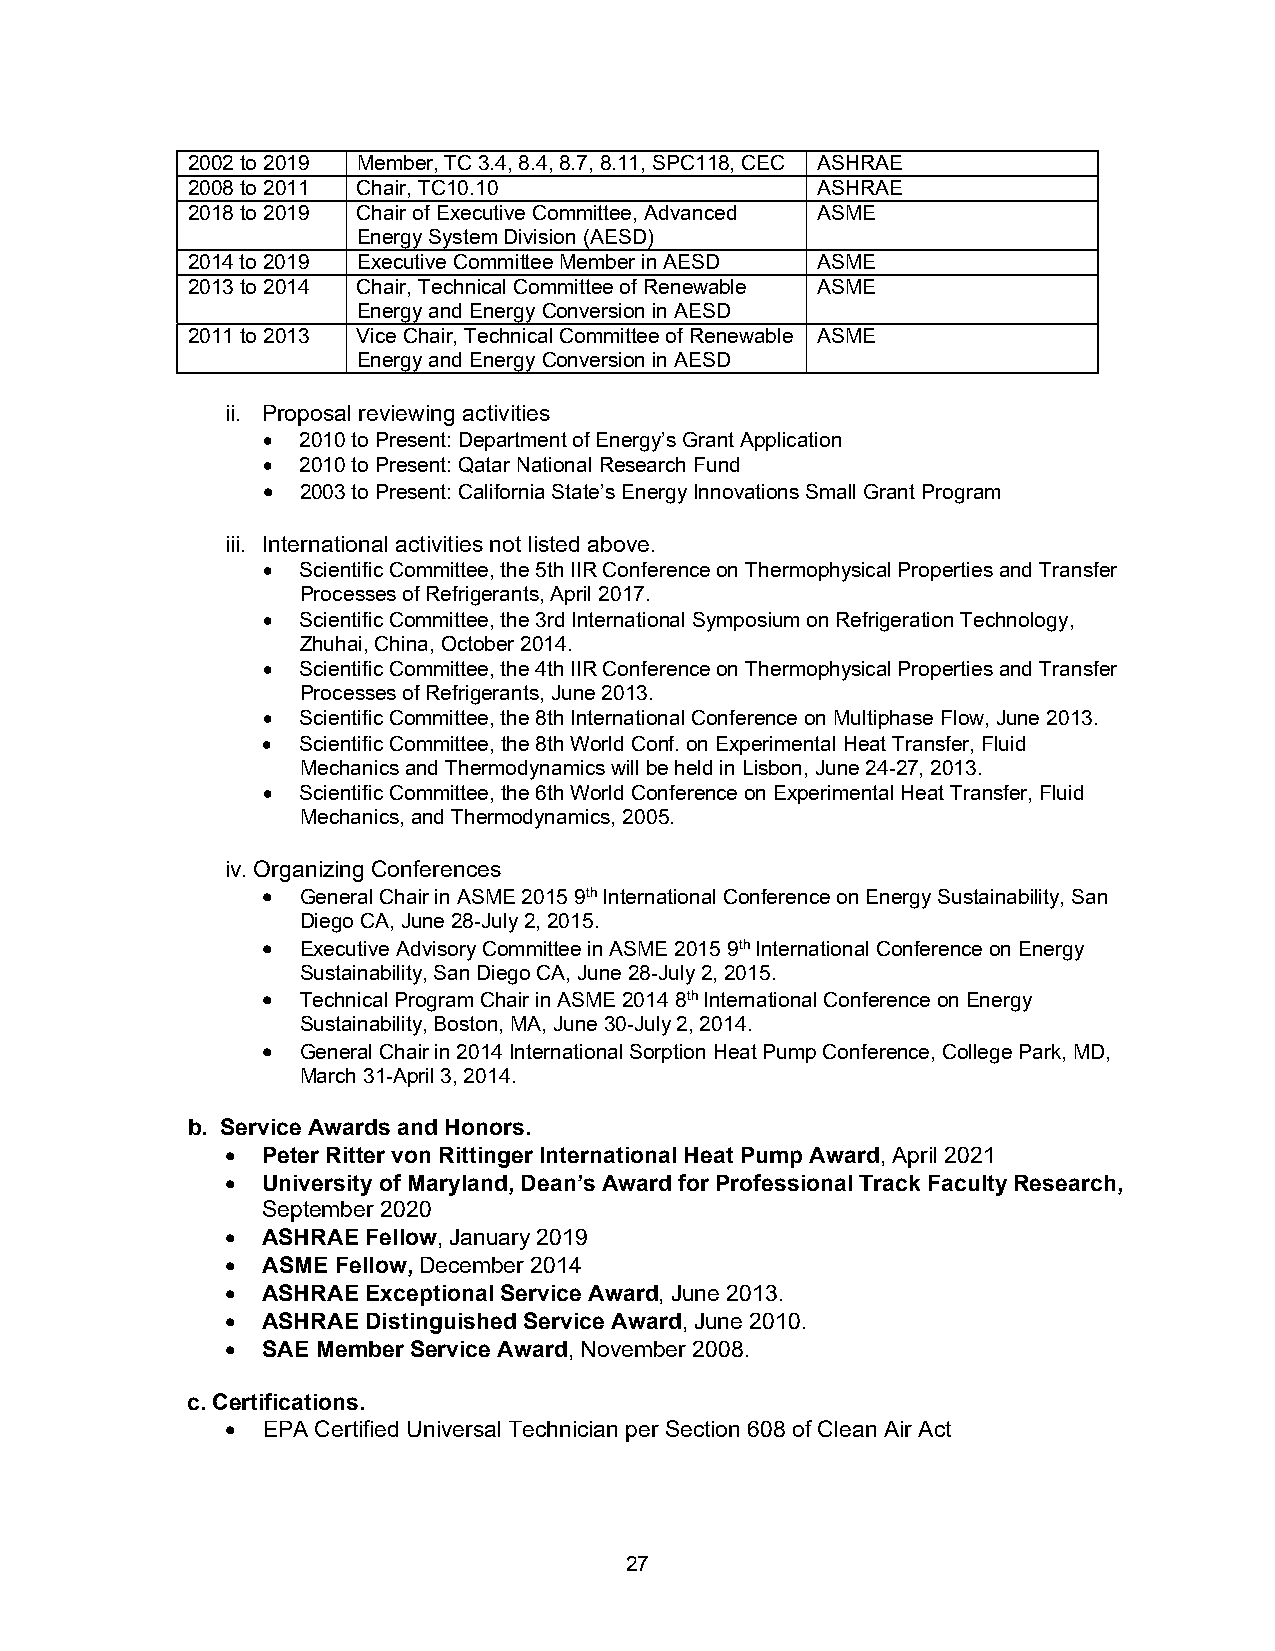
2002 to 2019 Member, TC 3.4, 8.4, 8.7, 8.11, SPC118, CEC ASHRAE
 2008 to 2011 Chair, TC10.10               ASHRAE
 2018 to 2019 Chair of Executive Committee, Advanced ASME
 Energy System Division (AESD)
 2014 to 2019 Executive Committee Member in AESD ASME
 2013 to 2014 Chair, Technical Committee of Renewable ASME
 Energy and Energy Conversion in AESD
 2011 to 2013 Vice Chair, Technical Committee of Renewable ASME
 Energy and Energy Conversion in AESD
 ii. Proposal reviewing activities
   2010 to Present: Department of Energy’s Grant Application
   2010 to Present: Qatar National Research Fund
   2003 to Present: California State’s Energy Innovations Small Grant Program
 iii. International activities not listed above.
   Scientific Committee, the 5th IIR Conference on Thermophysical Properties and Transfer
 Processes of Refrigerants, April 2017.
   Scientific Committee, the 3rd International Symposium on Refrigeration Technology,
 Zhuhai, China, October 2014.
   Scientific Committee, the 4th IIR Conference on Thermophysical Properties and Transfer
 Processes of Refrigerants, June 2013.
   Scientific Committee, the 8th International Conference on Multiphase Flow, June 2013.
   Scientific Committee, the 8th World Conf. on Experimental Heat Transfer, Fluid
 Mechanics and Thermodynamics will be held in Lisbon, June 24-27, 2013.
   Scientific Committee, the 6th World Conference on Experimental Heat Transfer, Fluid
 Mechanics, and Thermodynamics, 2005.
 iv. Organizing Conferences
   General Chair in ASME 2015 9th International Conference on Energy Sustainability, San
 Diego CA, June 28-July 2, 2015.
   Executive Advisory Committee in ASME 2015 9th International Conference on Energy
 Sustainability, San Diego CA, June 28-July 2, 2015.
   Technical Program Chair in ASME 2014 8th International Conference on Energy
 Sustainability, Boston, MA, June 30-July 2, 2014.
   General Chair in 2014 International Sorption Heat Pump Conference, College Park, MD,
 March 31-April 3, 2014.
 b. Service Awards and Honors.
  Peter Ritter von Rittinger International Heat Pump Award, April 2021
  University of Maryland, Dean’s Award for Professional Track Faculty Research,
 September 2020
  ASHRAE Fellow, January 2019
  ASME Fellow, December 2014
  ASHRAE Exceptional Service Award, June 2013.
  ASHRAE Distinguished Service Award, June 2010.
  SAE Member Service Award, November 2008.
 c. Certifications.
  EPA Certified Universal Technician per Section 608 of Clean Air Act
 27